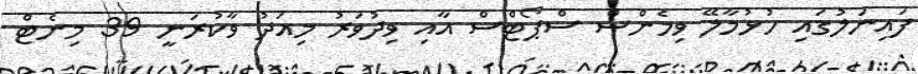
ފައިނަލުގައި ހުޅުމާލޭ ވިމެންސް ސްޕޯޓްސް އާއި ވިދުވަރު މިއަދު ވާކުރަނީ 39 މިނެޓް